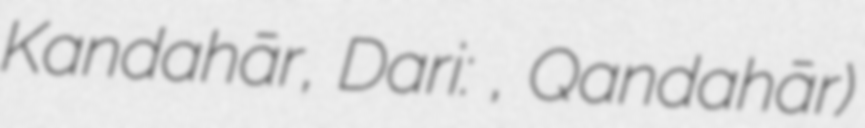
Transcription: Kandahār, Dari: قندهار, Qandahār)